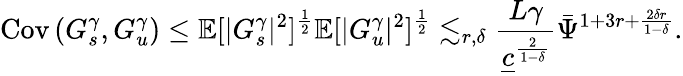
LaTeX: \mathrm{Cov}\left(G_{s}^{\gamma},G_{u}^{\gamma}\right)\le\mathbb{E}[|G_{s}^{\gamma}|^{2}]^{\frac{1}{2}}\mathbb{E}[|G_{u}^{\gamma}|^{2}]^{\frac{1}{2}}\lesssim_{r,\delta}\frac{L\gamma}{\underline{{c}}^{\frac{2}{1-\delta}}}\bar{\Psi}^{1+3r+\frac{2\delta r}{1-\delta}}.